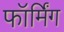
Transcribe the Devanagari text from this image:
फॉर्मिंग